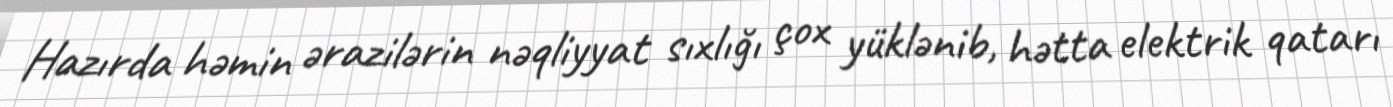
Hazırda həmin ərazilərin nəqliyyat sıxlığı çox yüklənib, hətta elektrik qatarı